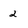
Character: 2